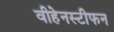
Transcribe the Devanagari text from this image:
वीहेनस्टीफन